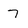
Character: 7